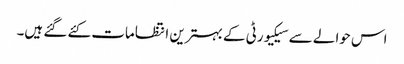
اس حوالے سے سیکیورٹی کے بہترین انتظامات کئے گئے ہیں۔